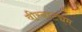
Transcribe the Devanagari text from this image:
वीरनाट्यम